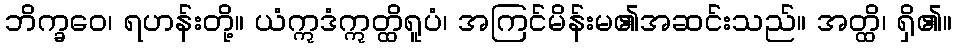
ဘိက္ခဝေ၊ ရဟန်းတို့။ ယံဣဒံဣတ္ထိရူပံ၊ အကြင်မိန်းမ၏အဆင်းသည်။ အတ္ထိ၊ ရှိ၏။